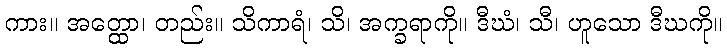
ကား။ အတ္ထော၊ တည်း။ သိကာရံ၊ သိ၊ အက္ခရာကို။ ဒီဃံ၊ သီ၊ ဟူသော ဒီဃကို။